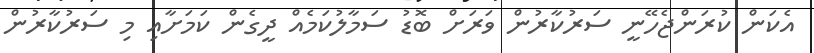
އެކަން ކުރަންޖެހޭނީ ސަރުކާރުން ވަރަށް ބޮޑު ސަމާލުކަމެއް ދީގެން ކަމަށާއި މި ސަރުކާރުން